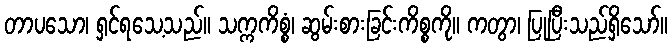
တာပသော၊ ရှင်ရသေ့သည်။ သက္ကကိစ္စံ၊ ဆွမ်းစားခြင်းကိစ္စကို။ ကတွာ၊ ပြုပြီးသည်ရှိသော်။